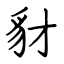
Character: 豺